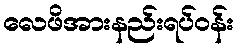
လေဖိအားနည်းရပ်ဝန်း